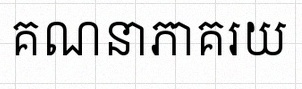
គណនាភាគរយ